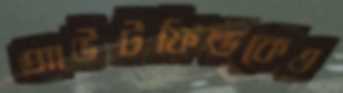
আউটফিল্ডকেও